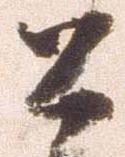
公